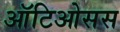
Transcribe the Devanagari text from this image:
ऑटिओसस